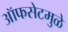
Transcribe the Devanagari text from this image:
ऑफसेटमुळे